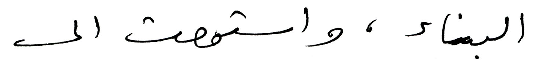
البناء، واستمعت الى